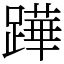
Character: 𨅯